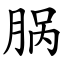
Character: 脶